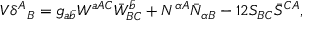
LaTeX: V \delta ^ { A } { } _ { B } = g _ { a \bar { b } } W ^ { a A C } \bar { W } _ { B C } ^ { \bar { b } } + N ^ { \alpha A } \bar { N } _ { \alpha B } - 1 2 S _ { B C } \bar { S } ^ { C A } ,